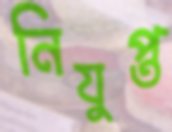
নিযুপ্ত